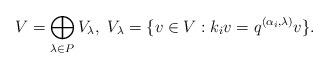
LaTeX: \begin{align*} V=\bigoplus_{\lambda \in P} V_{\lambda}, \ V_{\lambda} = \{v\in V : k_i v=q^{( \alpha_i, \lambda )} v \}.\end{align*}